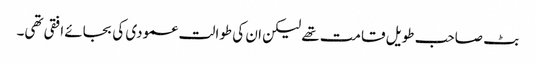
بٹ صاحب طویل قامت تھے لیکن ان کی طوالت عمودی کی بجائے افقی تھی۔